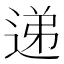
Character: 递